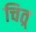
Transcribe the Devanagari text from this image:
चित्र्